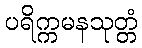
ပရိက္ကမနသုတ္တံ